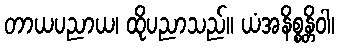
တာယပညာယ၊ ထိုပညာသည်။ ယံအနိစ္စန္တိဝါ၊